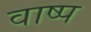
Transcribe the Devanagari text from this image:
वाष्‍प